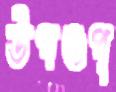
উপগুপ্